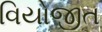
વિયોજીત